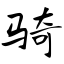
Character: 骑